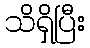
သိရှိပြီး